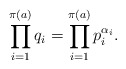
\begin{align*} \prod_{i = 1}^{\pi(a)} q_i = \prod_{i = 1}^{\pi(a)}p_i^{\alpha_i}. \end{align*}